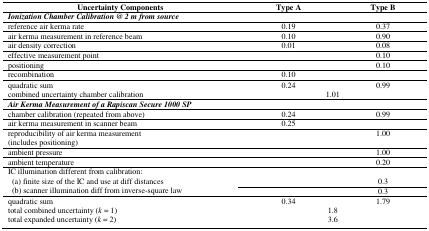
| Uncertainty Components | Type A | Type B |
 | --- | --- | --- |
 | Ionization Chamber Calibration @ 2 m from source |  |  |
 | reference air kerma rate | 0.19 | 0.37 |
 | air kerma measurement in reference beam | 0.10 | 0.90 |
 | air density correction | 0.01 | 0.08 |
 | effective measurement point |  | 0.10 |
 | positioning |  | 0.10 |
 | recombination | 0.10 |  |
 | quadratic sum | 0.24 | 0.99 |
 | combined uncertainty chamber calibration | <COLSPAN=2> 1.01 |
 | Air Kerma Measurement of a Rapiscan Secure 1000 SP |  |  |
 | chamber calibration (repeated from above) | 0.24 | 0.99 |
 | air kerma measurement in scanner beam | 0.25 |  |
 | reproducibility of air kerma measurement (includes positioning) |  | 1.00 |
 | ambient pressure |  | 1.00 |
 | ambient temperature |  | 0.20 |
 | <ROWSPAN=3> IC illumination different from calibration: (a) finite size of the IC and use at diff distances (b) scanner illumination diff from inverse-square law |  | 0.3 |
 |  | 0.3 |
 | quadratic sum | 0.34 | 1.79 |
 | total combined uncertainty (k = 1) | <COLSPAN=2> 1.8 |
 | total expanded uncertainty (k = 2) | <COLSPAN=2> 3.6 |